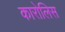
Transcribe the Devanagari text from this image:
कारोलिस